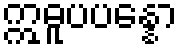
ဣဓူပပန္နော